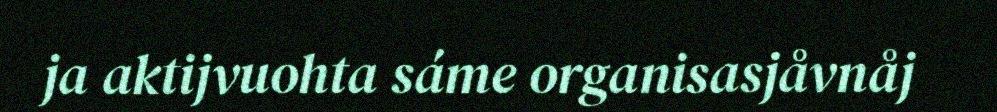
ja aktijvuohta sáme organisasjåvnåj